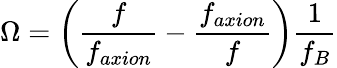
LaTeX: \Omega=\left(\frac{f}{f_{axion}}-\frac{f_{axion}}{f}\right)\frac{1}{f_{B}}